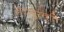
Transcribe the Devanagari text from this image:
जटायुस्तुति